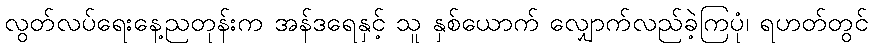
လွတ်လပ်ရေးနေ့ညတုန်းက အန်ဒရေနှင့် သူ နှစ်ယောက် လျှောက်လည်ခဲ့ကြပုံ၊ ရဟတ်တွင်